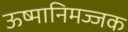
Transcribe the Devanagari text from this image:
ऊष्मानिमज्जक